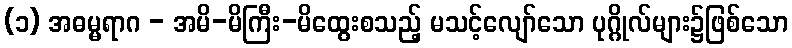
(၁) အဓမ္မရာဂ - အမိ-မိကြီး-မိထွေးစသည့် မသင့်လျော်သော ပုဂ္ဂိုလ်များ၌ဖြစ်သော